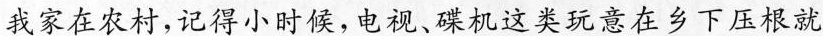
我家在农村，记得小时候，电视、碟机这类玩意在乡下压根就